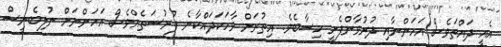
އެއީ ދައްތަވެސް އަހަންނާއި ދުރުވާންފެށީ ހިސާބެވެ. އިތުރަށް ވާހަކަދައްކާނެ ފުރުސަތެއްވެސް އަހަންނަށް ނުލިބެނީސް